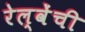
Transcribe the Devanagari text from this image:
रेल्वेंची